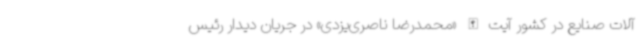
آلات صنایع در کشور آیت الله «محمدرضا ناصری‌یزدی» در جریان دیدار رئیس